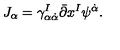
J _ { \alpha } = \gamma _ { \alpha \dot { \alpha } } ^ { I } \bar { \partial } x ^ { I } \psi ^ { \dot { \alpha } } .